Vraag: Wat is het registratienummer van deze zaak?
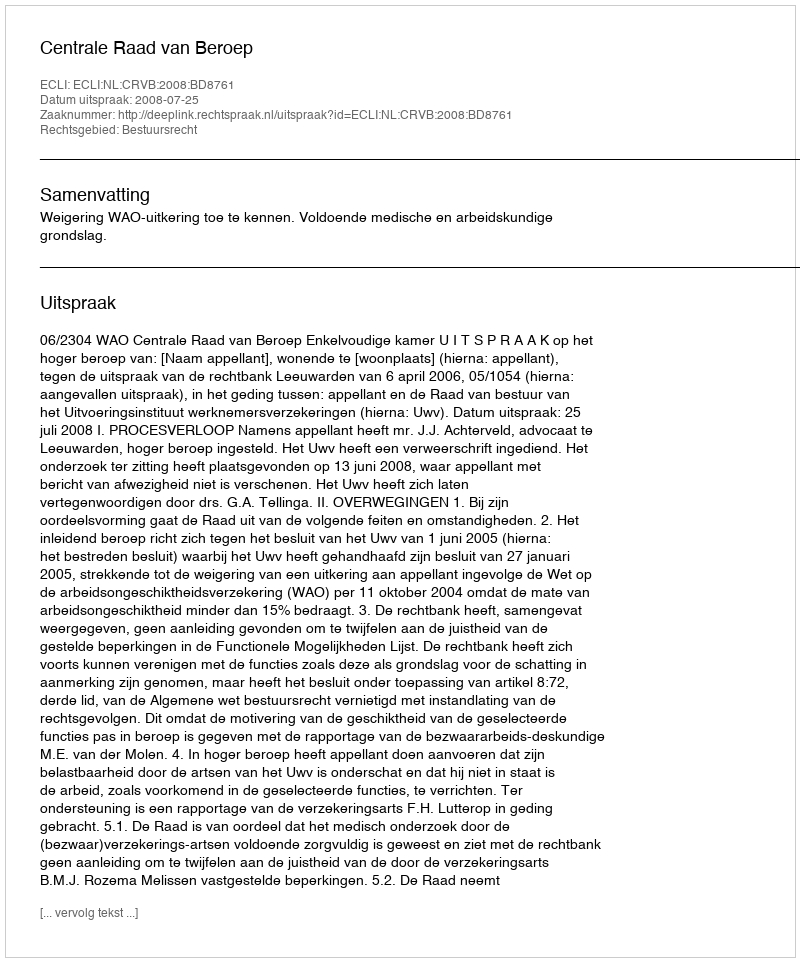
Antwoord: http://deeplink.rechtspraak.nl/uitspraak?id=ECLI:NL:CRVB:2008:BD8761